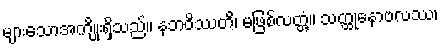
များသောအကျိုးရှိသည်။ နဘဝိဿတိ၊ မဖြစ်လတ္တံ့။ သတ္ထုနောဗလဿ၊